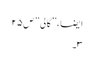
ایضاََ،” گالی ” ص۲۵
۳۔